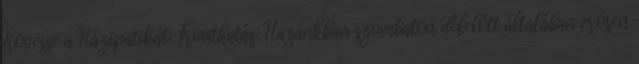
Kövesse a Házipatikát: Fronthatás: Hazánkban szombaton délelőtt általában erősen